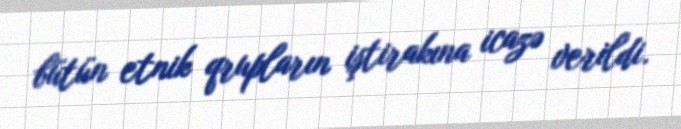
bütün etnik qrupların iştirakına icazə verildi.